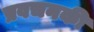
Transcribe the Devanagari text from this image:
प्रवचनकी